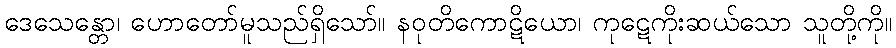
ဒေသေန္တော၊ ဟောတော်မူသည်ရှိသော်။ နဝုတိကောဋိယော၊ ကုဋေကိုးဆယ်သော သူတို့ကို။